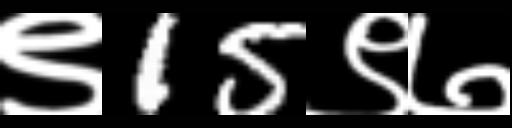
Text: ९15९७